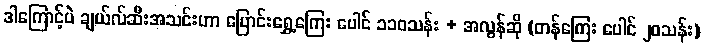
ဒါကြောင့်ပဲ ချယ်လ်ဆီးအသင်းဟာ ပြောင်းရွှေ့ကြေး ပေါင် ၁၁၀သန်း + အလွန်ဆို (တန်ကြေး ပေါင် ၂၀သန်း)